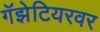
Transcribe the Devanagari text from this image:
गॅझेटियरवर